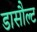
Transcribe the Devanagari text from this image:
डासौल्ट